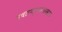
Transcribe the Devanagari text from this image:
उचलण्यासारखाच